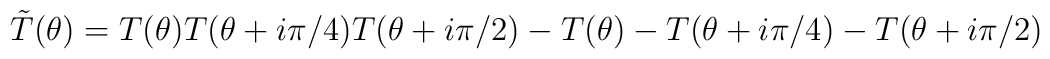
\tilde{T}(\theta)=T(\theta)T(\theta+i\pi/4)T(\theta+i\pi/2)-T(\theta)-T(\theta+i\pi/4)-T(\theta+i\pi/2)